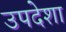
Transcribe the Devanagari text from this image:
उपदेशा